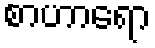
စာဟာရော